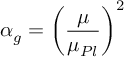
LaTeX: \alpha _ { g } = \left( \frac { \mu } { \mu _ { P l } } \right) ^ { 2 }